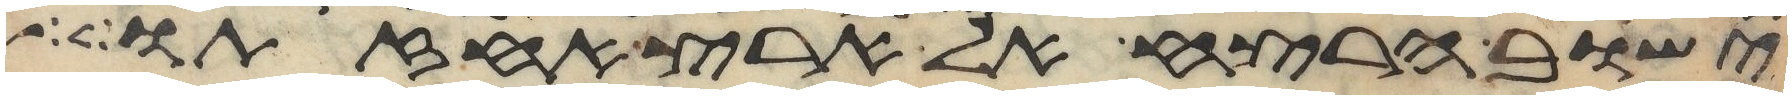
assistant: ישוב הרצח אל ארץ אחזתו